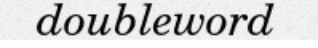
doubleword